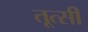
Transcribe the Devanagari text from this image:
तूत्सी